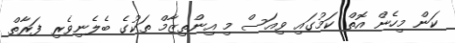
ކަން މިހެން އޮތް ކަމުގައި ވިއަސް މި އިންތިޒާމް ތަކުގެ ބެލެނިވެރި ފަރާތް